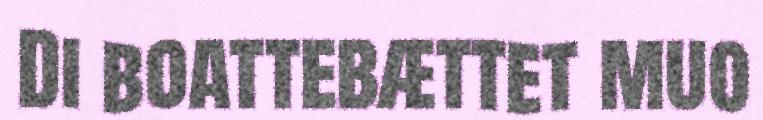
Di boattebættet muo